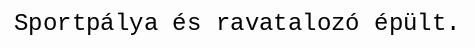
Sportpálya és ravatalozó épült.